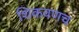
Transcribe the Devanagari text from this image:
शिकवणच